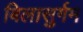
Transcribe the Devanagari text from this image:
बिलासुर्गम